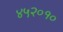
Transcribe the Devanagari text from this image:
४५२०१०